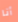
أنا